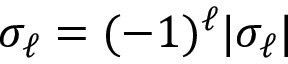
\sigma _ { \ell } = ( - 1 ) ^ { \ell } | \sigma _ { \ell } |